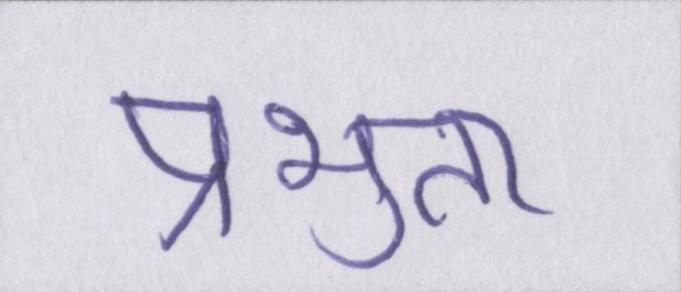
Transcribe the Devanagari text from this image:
प्रभुता